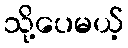
သို့ပေမယ့်